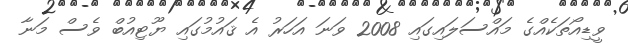
ވީޑިއޯތަކެއްގެ މައްސަލައިގައި 2008 ވަނަ އަހަރު އެ ޤައުމުގައި ޔޫޓިއުބް ވެސް މަނާ